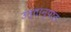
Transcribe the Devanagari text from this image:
उत्तानुपात